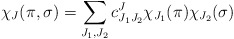
\begin{align*}\chi_J(\pi,\sigma) = \sum_{J_1,J_2} c^J_{J_1 J_2} \chi_{J_1}(\pi) \chi_{J_2}(\sigma)\end{align*}